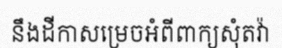
នឹងដីកាសម្រេចអំពីពាក្យសុំតវ៉ា